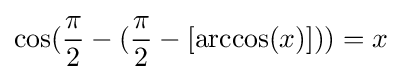
\cos({\frac {\pi }{2}}-({\frac {\pi }{2}}-[\arccos(x)]))=x